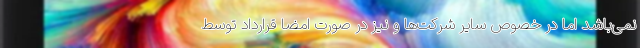
نمی‌باشد اما در خصوص سایر شرکت‌ها و نیز در صورت امضا قرارداد توسط